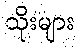
သိုးများ